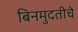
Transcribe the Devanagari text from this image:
बिनमुदतीचे